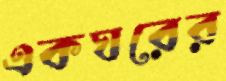
একঘরের